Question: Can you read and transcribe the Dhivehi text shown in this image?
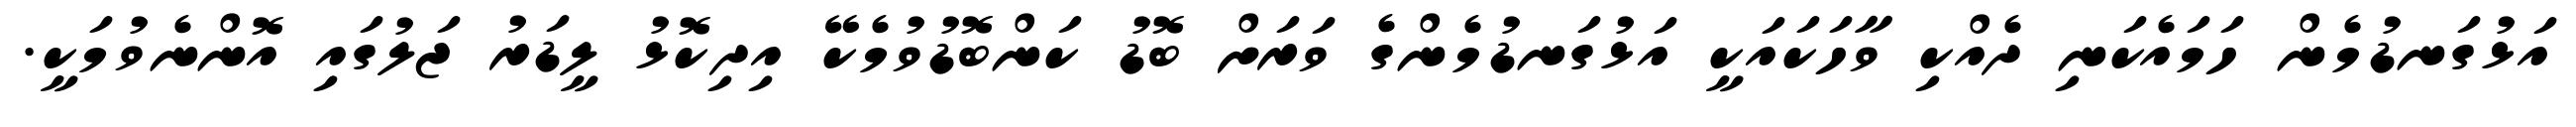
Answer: އަޅުގަނޑުމެން ހަމައެކަނި ދެއްކި ވާހަކައަކީ އަޅުގަނޑުމެންގެ ވަރަށް ބޮޑު ކަންބޮޑުވުމެކޭ އިދިކޮޅު ލީޑަރު ޖަލުގައި އޮންނެވުމަކީ.